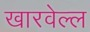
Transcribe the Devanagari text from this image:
खारवेल्ल